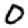
Digit: 0